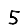
Digit: 5